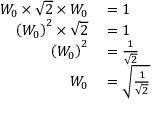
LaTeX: \begin{array} { r l } { W _ { 0 } \times { \sqrt { 2 } } \times W _ { 0 } } & { { } = 1 } \\ { \left( W _ { 0 } \right) ^ { 2 } \times { \sqrt { 2 } } } & { { } = 1 } \\ { \left( W _ { 0 } \right) ^ { 2 } } & { { } = { \frac { 1 } { \sqrt { 2 } } } } \\ { W _ { 0 } } & { { } = { \sqrt { \frac { 1 } { \sqrt { 2 } } } } } \end{array}